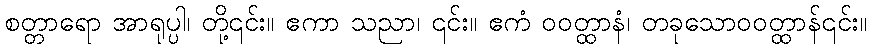
စတ္တာရော အာရုပ္ပါ၊ တို့၎င်း။ ဧကာ သညာ၊ ၎င်း။ ဧကံ ဝဝတ္ထာနံ၊ တခုသောဝဝတ္ထာန်၎င်း။